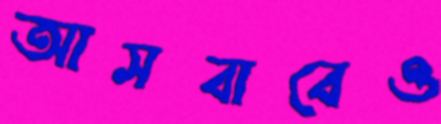
আসবাবেও